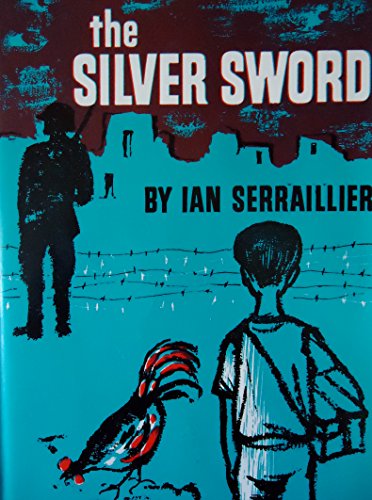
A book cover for The Silver Sword; Ian Serraillier; Teen & Young Adult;